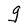
Character: g